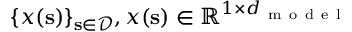
\{ \boldsymbol { x } ( \mathbf { s } ) \} _ { \mathbf { s } \in \mathcal { D } } , \boldsymbol { x } ( \mathbf { s } ) \in \mathbb { R } ^ { 1 \times d _ { \mathrm { ~ m ~ o ~ d ~ e ~ l ~ } } }